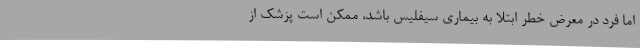
اما فرد در معرض خطر ابتلا به بیماری سیفلیس باشد، ممکن است پزشک از